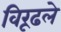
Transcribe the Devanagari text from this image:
विरूढले